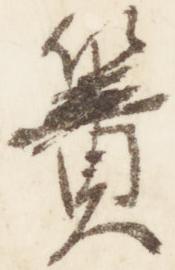
簀